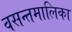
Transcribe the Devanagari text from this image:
वसन्तमालिका